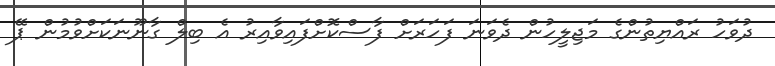
ދުވަހު ރައްޔިތުންގެ މަޖިލީހުން ދެވަނަ ފަހަރަށް ފާސްކޮށްފައިވާއިރު އެ ބިލް ގާނޫނަކަށްވުމުން ޕޭ